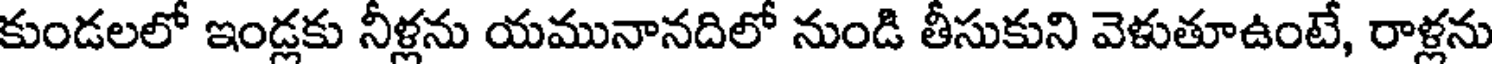
కుండలలో ఇండ్లకు నీళ్లను యమునానదిలో నుండి తీసుకుని వెళుతూఉంటే, రాళ్లను